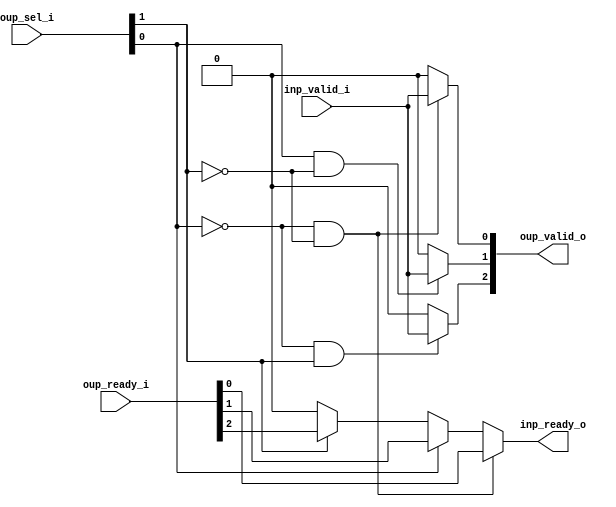
// This program was cloned from: https://github.com/NYU-MLDA/OpenABC
// License: BSD 3-Clause "New" or "Revised" License

module stream_demux_N_OUP3
(
  inp_valid_i,
  inp_ready_o,
  oup_sel_i,
  oup_valid_o,
  oup_ready_i
);

  input [1:0] oup_sel_i;
  output [2:0] oup_valid_o;
  input [2:0] oup_ready_i;
  input inp_valid_i;
  output inp_ready_o;
  wire [2:0] oup_valid_o;
  wire inp_ready_o,N0,N1,N2,N3,N4,N5,N6,N7,N8,N9,N10,N11,N12,N13,N14;
  assign N10 = N0 & oup_sel_i[1];
  assign N0 = ~oup_sel_i[0];
  assign N9 = oup_sel_i[0] & N1;
  assign N1 = ~oup_sel_i[1];
  assign N14 = N2 & N3;
  assign N2 = ~oup_sel_i[0];
  assign N3 = ~oup_sel_i[1];
  assign oup_valid_o[0] = (N4)? inp_valid_i : 
                          (N11)? 1'b0 : 1'b0;
  assign N4 = N14;
  assign oup_valid_o[1] = (N5)? inp_valid_i : 
                          (N12)? 1'b0 : 1'b0;
  assign N5 = N9;
  assign oup_valid_o[2] = (N6)? inp_valid_i : 
                          (N13)? 1'b0 : 1'b0;
  assign N6 = N10;
  assign inp_ready_o = (N4)? oup_ready_i[0] : 
                       (N7)? oup_ready_i[1] : 
                       (N8)? oup_ready_i[2] : 1'b0;
  assign N7 = oup_sel_i[0];
  assign N8 = oup_sel_i[1];
  assign N11 = ~N14;
  assign N12 = ~N9;
  assign N13 = ~N10;

endmodule